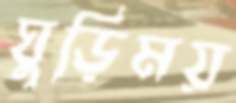
ঘুড়িময়